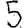
Digit: 5